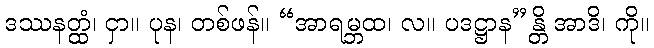
ဒဿနတ္ထံ၊ ငှာ။ ပုန၊ တစ်ဖန်။ “အာရမ္ဘထ၊ လ။ ပဒဋ္ဌာန”န္တိ အာဒိ၊ ကို။